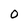
Character: 0